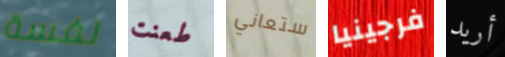
نفسة طعنت ستعاني فرجينيا أريد